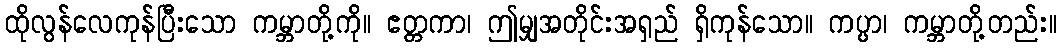
ထိုလွန်လေကုန်ပြီးသော ကမ္ဘာတို့ကို။ ဧတ္တကာ၊ ဤမျှအတိုင်းအရှည် ရှိကုန်သော။ ကပ္ပာ၊ ကမ္ဘာတို့တည်း။